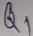
Text: Q1